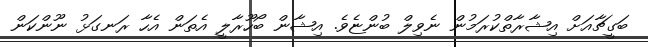
ބަގީޗާއަށް އިޝާރާތްކުރަމުން ނެވިލް ބުންޏެވެ. އިޝާން ބޯހޫރާލީ އެތަން އެހާ ރަނގަޅު ނޫންކަން